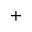
+